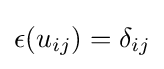
\epsilon (u_{ij})=\delta _{ij}